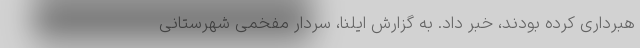
هبرداری کرده بودند، خبر داد. به گزارش ایلنا، سردار مفخمی شهرستانی